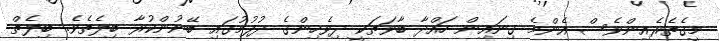
މީގެތެރެއިންވެސް އެންމެ ގިނައިން ހައްދާ ބާވަތަކީ ދިވެހިންގެ ދުފުމުގައި ބޭނުންކުރާ ބިލެތެވެ. ބިލެތް